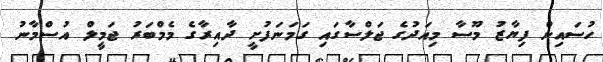
ހުސައިން ފިޔާޒު މޫސާ މިއަދުގެ ޖަލްސާގައި ގަމަނަފުށީ ދާއިރާގެ މެމްބަރު ޖަމީލް އުސްމާނު